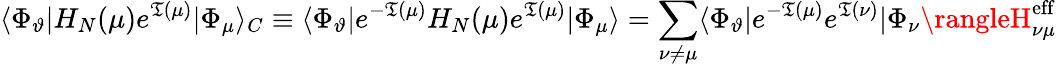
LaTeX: \langle\Phi_{\vartheta}|H_{N}(\mu)e^{\mathfrak{T}(\mu)}|\Phi_{\mu}\rangle_{C}\equiv\langle\Phi_{\vartheta}|e^{-\mathfrak{T}(\mu)}H_{N}(\mu)e^{\mathfrak{T}(\mu)}|\Phi_{\mu}\rangle=\sum_{\nu\neq\mu}\langle\Phi_{\vartheta}|e^{-\mathfrak{T}(\mu)}e^{\mathfrak{T}(\nu)}|\Phi_{\nu}\rangleH_{\nu\mu}^{\mathrm{{eff}}}